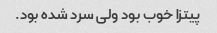
پیتزا خوب بود ولی سرد شده بود.